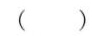
( )